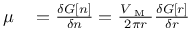
\begin{array} { r l } { \mu } & { { } = \frac { \delta G [ n ] } { \delta n } = \frac { V _ { \mathrm { ~ M ~ } } } { 2 \pi r } \frac { \delta G [ r ] } { \delta r } } \end{array}